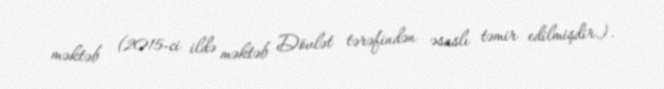
məktəb (2015-ci ildə məktəb Dövlət tərəfindən əsaslı təmir edilmişdir.).